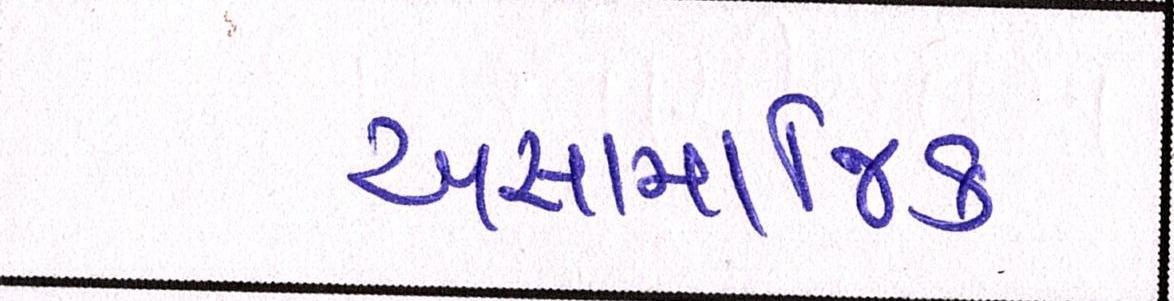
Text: અસામાજિક